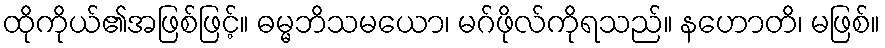
ထိုကိုယ်၏အဖြစ်ဖြင့်။ ဓမ္မဘိသမယော၊ မဂ်ဖိုလ်ကိုရသည်။ နဟောတိ၊ မဖြစ်။